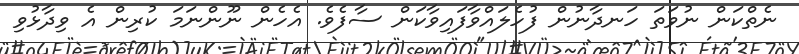
ނެތްކަން ނުވަތަ ހަނދާނުން ފުހެލައްވާފައިވާކަން ސާފެވެ. އެހެން ނޫންނަމަ ކުރިން އެ ވިދާޅުވި